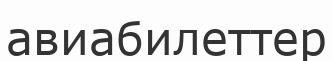
авиабилеттер